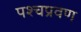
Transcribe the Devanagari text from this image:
पश्चप्रवण